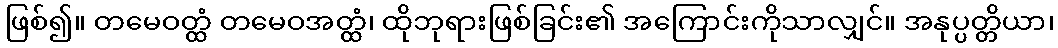
ဖြစ်၍။ တမေဝတ္ထံ တမေဝအတ္ထံ၊ ထိုဘုရားဖြစ်ခြင်း၏ အကြောင်းကိုသာလျှင်။ အနုပ္ပတ္တိယာ၊